Report on the working of the Ranchi Indian Mental Hospital, Kanke, in Bihar and Orissa - 1930-1940
Year: 1930
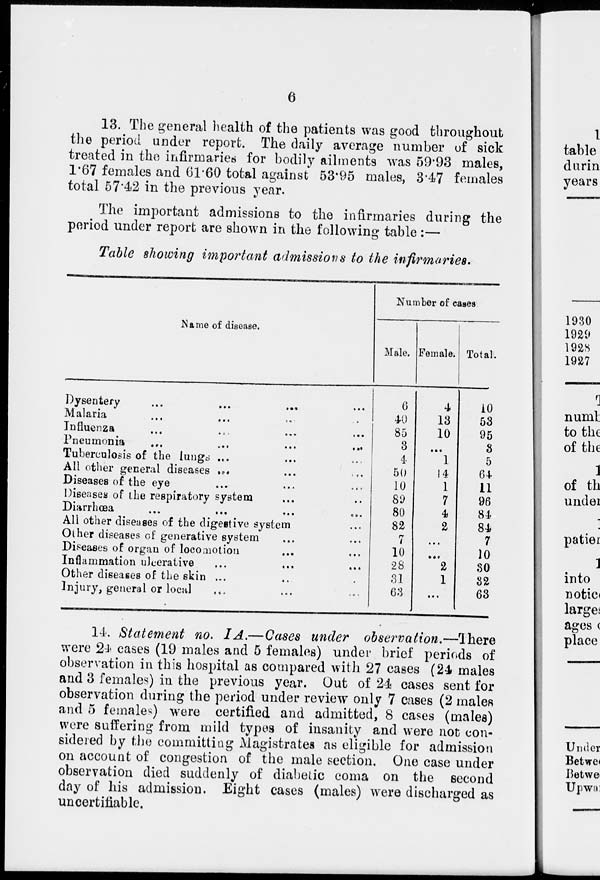
6
13. The general health of the patients was good throughout
the period under report. The daily average number of sick
treated in the infirmaries for bodily ailments was 59.93 males,
1.67 females and 61.60 total against 53.95 males, 3.47 females
total 57.42 in the previous year.
The important admissions to the infirmaries during the
period under report are shown in the following table :—
Table showing important admissions to the infirmaries.
Name of disease.
Dysentery ... ... ... ....
Malaria ... ... ... ...
Influenza ... ... ... ...
Pneumonia ... ... ... ...
Tuberculosis of the lungs ... ... ...
All other general diseases ... ... ...
Diseases of the eye ... ... ...
Diseases of the respiratory system ... ...
Diarrhœa ... ... ... ...
All other diseases of the digestive system ...
Other diseases of generative system ... ...
Diseases of organ of locomotion ... ...
Inflammation ulcerative ... ... ...
Other diseases of the skin ... ... ...
Injury, general or local ... ... ...
Number of cases
Male.
6
40
85
3
4
50
10
89
80
82
7
10
28
31
63
Female.
4
13
10
...
1
14
1
7
4
2
...
...
2
1
...
Total.
10
53
95
3
5
64
11
96
84
84
7
10
30
32
63
14. Statement no. IA.—Cases under
observation.—There
were 24 cases (19 males and 5 females) under brief periods of
observation in this hospital as compared with 27 cases (24 males
and 3 females) in the previous year. Out of 24 cases sent for
observation during the period under review only 7 cases (2 males
and 5 females) were certified and admitted, 8 cases (males)
were suffering from mild types of insanity and were not con-
sidered by the committing Magistrates as eligible for admission
on account of congestion of the male section. One case under
observation died suddenly of diabetic coma on the second
day of his admission. Eight cases (males) were discharged as
uncertifiable.